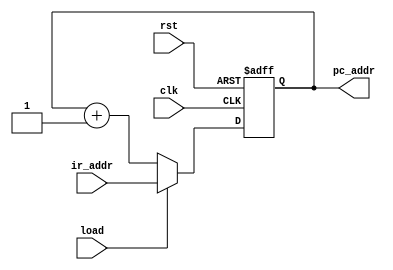
`timescale 1ns / 1ns

module CPU_Counter(pc_addr,ir_addr,load,clk,rst);
output[12:0] pc_addr;
input[12:0] ir_addr;
input clk,load,rst;
reg[12:0] pc_addr;
always @(posedge clk or posedge rst)
begin
	if(rst)
		begin
			pc_addr<=13'b0000000000000;
		end
	else
		if(load)
			begin
				pc_addr<=ir_addr;
			end
		else
			begin
				pc_addr<=pc_addr+1;
			end
end
endmodule